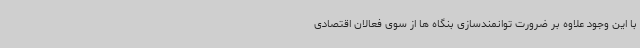
با این وجود علاوه بر ضرورت توانمندسازی بنگاه ها از سوی فعالان اقتصادی